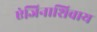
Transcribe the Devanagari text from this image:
एंजिनाशिवाय